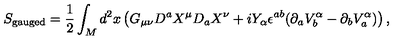
S _ { { \mathrm { \scriptsize { g a u g e d } } } } = \frac 1 2 \int _ { M } d ^ { 2 } x \left( G _ { \mu \nu } D ^ { a } X ^ { \mu } D _ { a } X ^ { \nu } + i Y _ { \alpha } \epsilon ^ { a b } ( \partial _ { a } V _ { b } ^ { \alpha } - \partial _ { b } V _ { a } ^ { \alpha } ) \right) ,